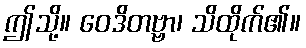
ဤသို့။ ဝေဒိတဗ္ဗာ၊ သိထိုက်၏။